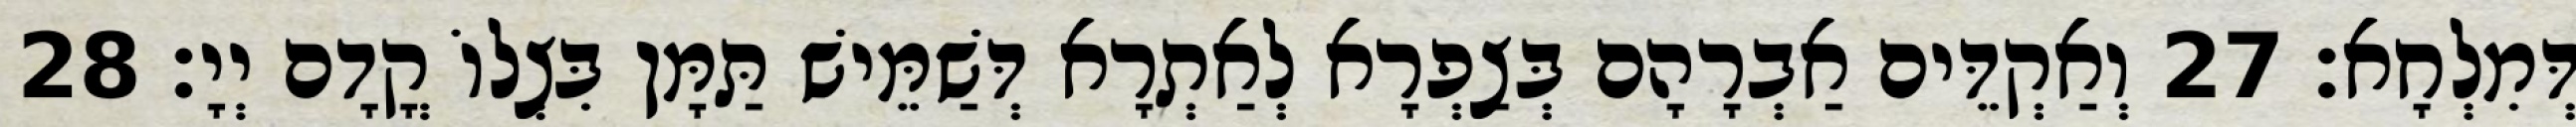
דְּמִלְחָא׃ 27 וְאַקְדֵּים אַבְרָהָם בְּצַפְרָא לְאַתְרָא דְּשַׁמֵּישׁ תַּמָּן בִּצְלוֹ קֳדָם יְיָ׃ 28